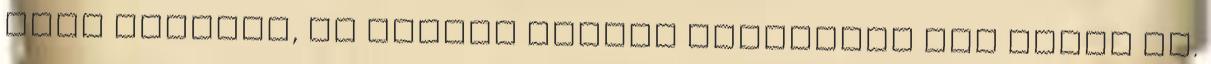
volt szőlője, és minden házhoz tartozott egy pince is.